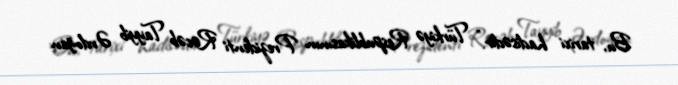
Bu, tarixi hadisədir.” Türkiyə Respublikasının Prezidenti Rəcəb Tayyib Ərdoğan: